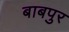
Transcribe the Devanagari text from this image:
बाबपुर